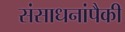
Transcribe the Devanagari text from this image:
संसाधनांपैकी